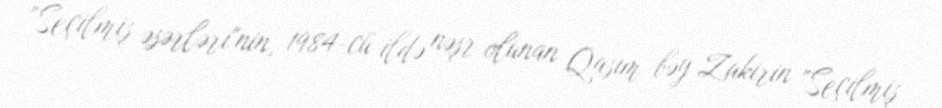
"Seçilmiş əsərləri"nin, 1984-cü ildə nəşr olunan Qasım bəy Zakirin "Seçilmiş